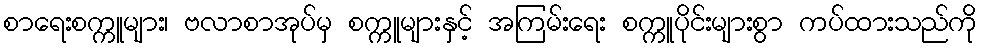
စာရေးစက္ကူများ၊ ဗလာစာအုပ်မှ စက္ကူများနှင့် အကြမ်းရေး စက္ကူပိုင်းများစွာ ကပ်ထားသည်ကို